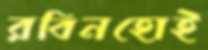
রবিনহোই